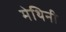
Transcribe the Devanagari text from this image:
मेथिनी